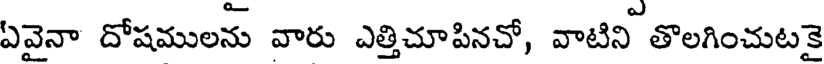
ఏవైనా దోషములను వారు ఎత్తిచూపినచో, వాటిని తొలగించుటకై